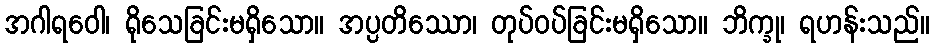
အဂါရဝေါ၊ ရိုသေခြင်းမရှိသော။ အပ္ပတိဿော၊ တုပ်ဝပ်ခြင်းမရှိသော။ ဘိက္ခု၊ ရဟန်းသည်။